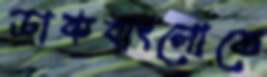
ডাকবাংলোতে